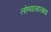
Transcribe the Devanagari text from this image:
लोण्यासारख्या